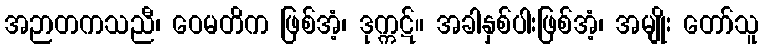
အဉာတကသညီ၊ ဝေမတိက ဖြစ်အံ့၊ ဒုက္ကဋ်။ အခါနှစ်ပါးဖြစ်အံ့၊ အမျိုး တော်သူ